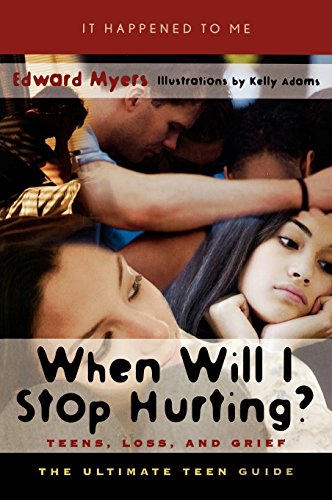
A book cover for When Will I Stop Hurting?: Teens, Loss, and Grief (It Happened to Me); Edward Myers; Teen & Young Adult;